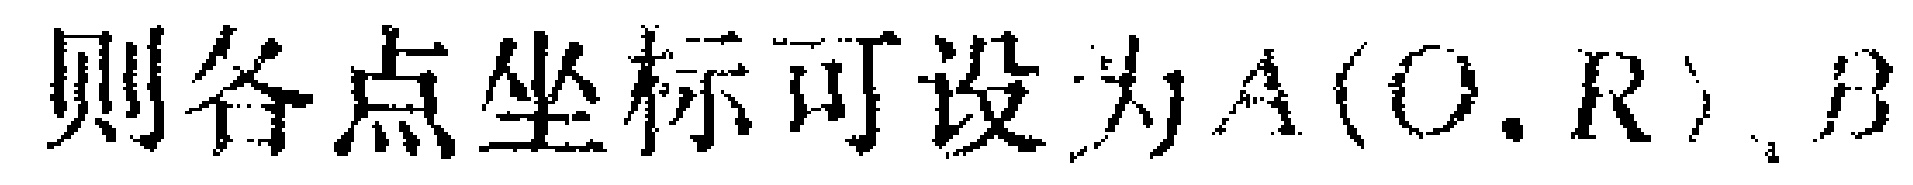
则各点坐标可设为\(A(0,R)\)，\(B\)